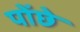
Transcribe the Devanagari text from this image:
पोंछे